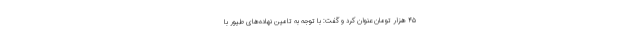
۴۵ هزار تومان عنوان کرد و گفت: با توجه به تامین نهاده‌های طیور با